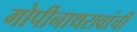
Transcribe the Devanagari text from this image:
गोपीनाथरावांची